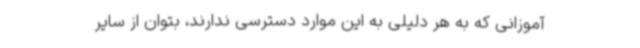
آموزانی که به هر دلیلی به این موارد دسترسی ندارند، بتوان از سایر